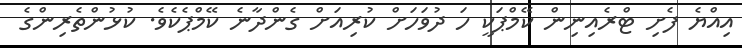
އިއްޔެ ފެށި ޓްރެއިނިން ކޭމްޕަކީ ހަ ދުވަހަށް ކުރިއަށް ގެންދާނެ ކޭމްޕެކެވެ. ކުޅުންތެރިންގެ